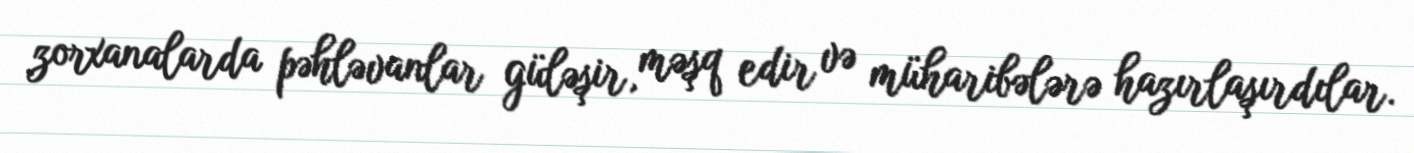
zorxanalarda pəhləvanlar güləşir, məşq edir və müharibələrə hazırlaşırdılar.